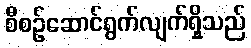
စီစဉ်ဆောင်ရွက်လျက်ရှိသည်